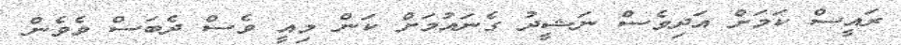
ރައީސް ކަމަށް އަދިވެސް ނަޝީދު ގެނައުމަށް ކަން މިއީ ވެސް ދެބަސް ވެވެން